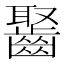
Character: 𪘸